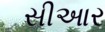
સીઆર